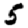
Digit: 5